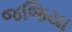
જજિયા